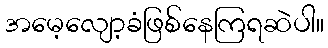
အမေ့လျော့ခံဖြစ်နေကြရဆဲပါ။